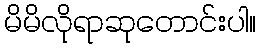
မိမိလိုရာဆုတောင်းပါ။